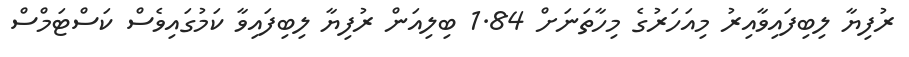
ރުފިޔާ ލިބިފައިވާއިރު މިއަހަރުގެ މިހާތަނަށް 1.84 ބިލިއަން ރުފިޔާ ލިބިފައިވާ ކަމުގައިވެސް ކަސްޓަމްސް